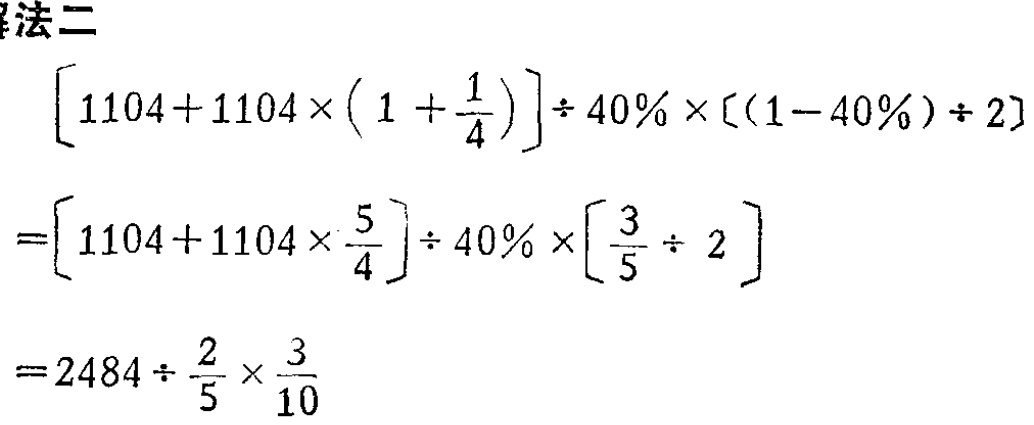
\[

\begin{align*}

&[1104 + 1104\times(1+\frac{1}{4})]\div40\%\times[(1 - 40\%)\div2]\\

=&[1104 + 1104\times\frac{5}{4}]\div40\%\times[\frac{3}{5}\div2]\\

=&2484\div\frac{2}{5}\times\frac{3}{10}

\end{align*}

\]